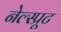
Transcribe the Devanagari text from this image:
नेल्स्प्रूट